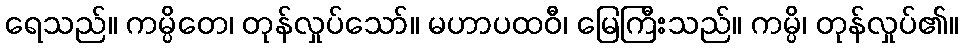
ရေသည်။ ကမ္ပိတေ၊ တုန်လှုပ်သော်။ မဟာပထဝီ၊ မြေကြီးသည်။ ကမ္ပိ၊ တုန်လှုပ်၏။